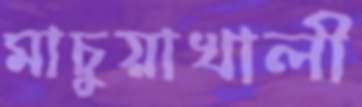
মাচুয়াখালী